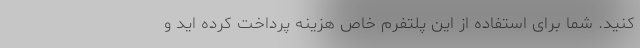
‌کنید. شما برای استفاده از این پلتفرم خاص هزینه پرداخت کرده اید و